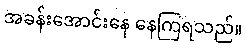
အခန်းအောင်းနေ နေကြရသည်။